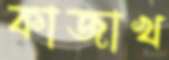
কাজাখ